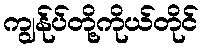
ကျွန်ုပ်တို့ကိုယ်တိုင်